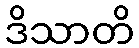
ဒိသာတိ